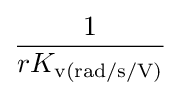
{\frac {1}{rK_{\text{v(rad/s/V)}}}}